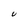
Character: U